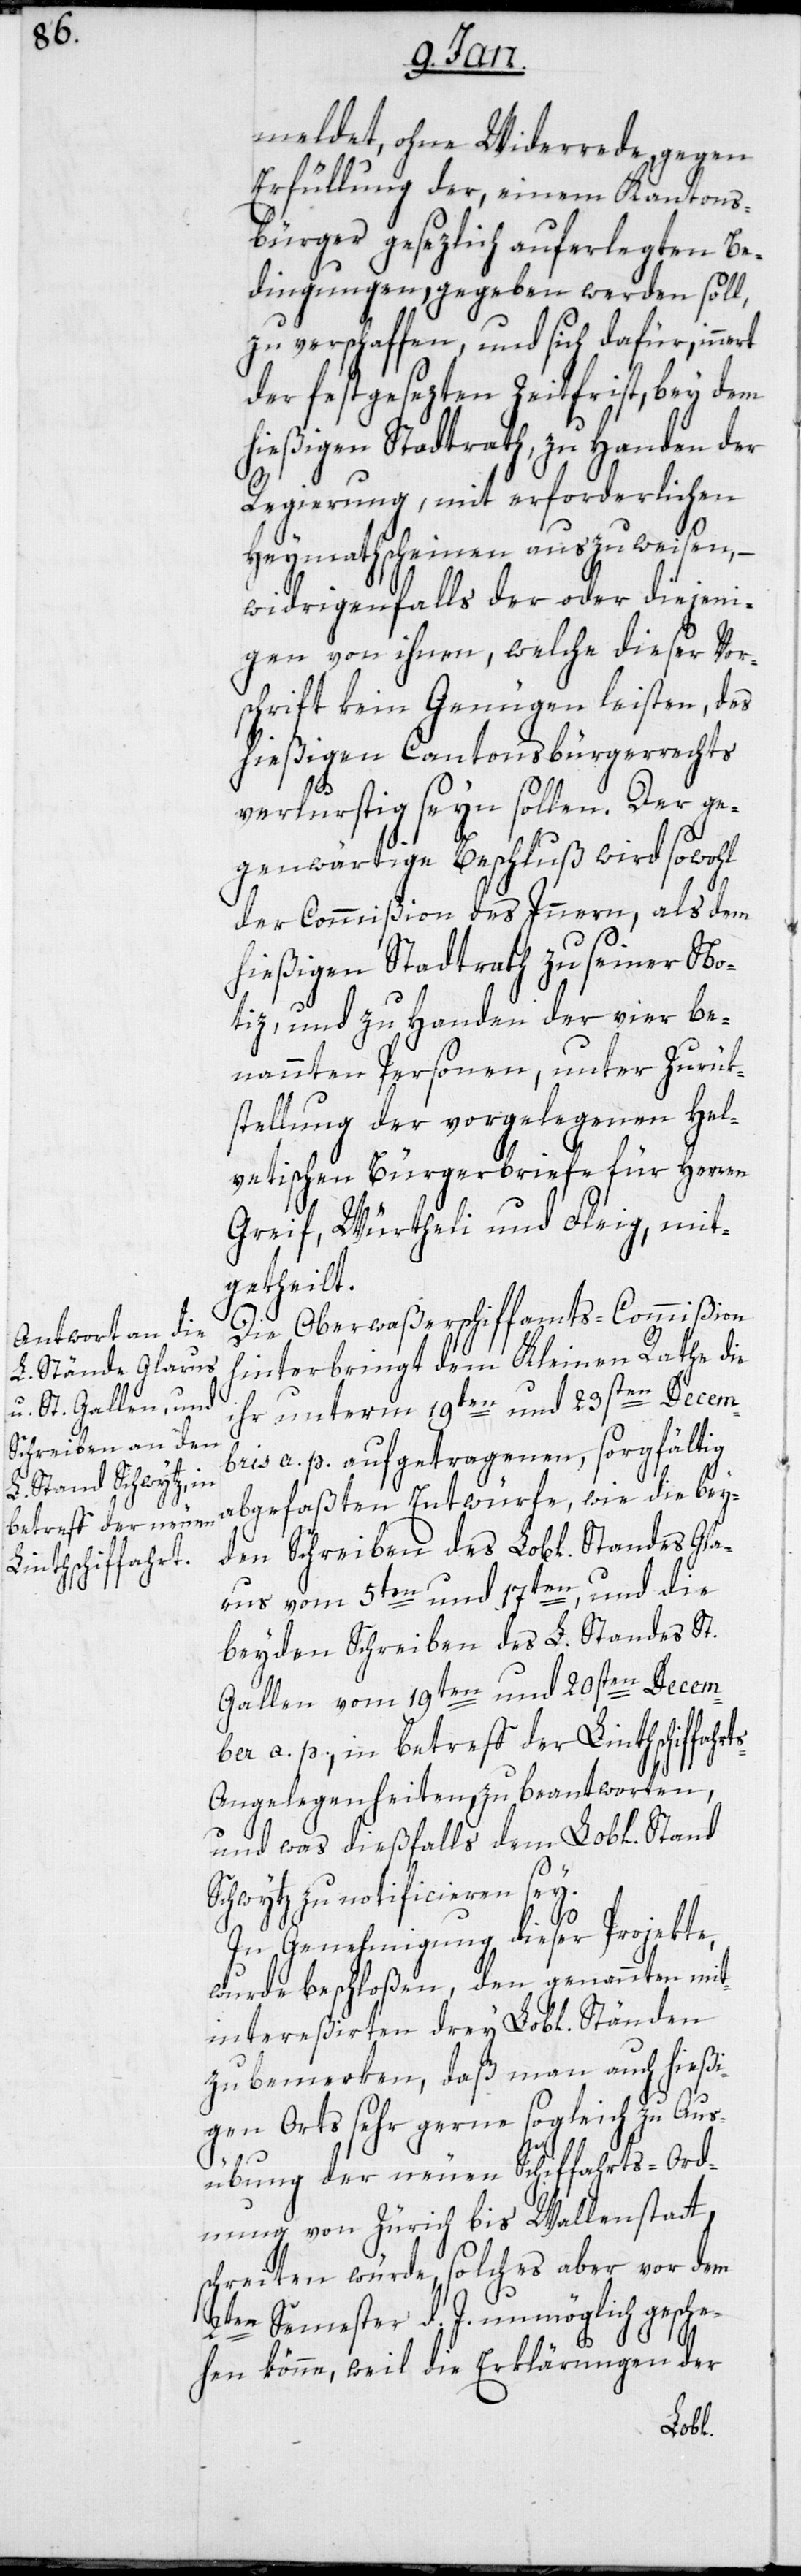
meldet, ohne Widerrede, gegen
Erfüllung der, einem Kantons¬
bürger gesezlich auferlegten Be¬
dingungen, gegeben werden soll,
zu verschaffen, und sich dafür innert
der festgesezten Zeitfrist, bey dem
hießigen Stadtrath, zu Handen der
Regierung, mit erforderlichen
Heymathscheinen auszuweisen, –
widrigenfalls der oder diejeni¬
gen von ihnen, welche dieser Vor¬
schrift kein Genügen leisten, des
hießigen Cantonsbürgerrechts
verlustig seyn sollen. Der ge¬
genwärtige Beschluß wird sowohl
der Commißion des Inneren, als dem
hießigen Stadtrath zu seiner No¬
tiz, und zu Handen der vier be¬
nannten Personen, unter Zurük¬
stellung der vorgelegenen Hel¬
vetischen Bürgerbriefe für Herren
Greif, Würtheli und Fleig, mit¬
getheilt.
Die Oberwaßerschiffamts-Commißion
hinterbringt dem Kleinen Rathe die
ihr unterm 19ten und 23sten Decem¬
bris a. p. aufgetragenen, sorgfältig
abgefaßten Entwürfe, wie die bey¬
den Schreiben des Lobl. Standes Gla¬
rus vom 5ten und 17ten, und die
beyden Schreiben des L. Standes St.
Gallen vom 19ten und 20sten Decem¬
ber a. p., in Betreff der Linthschiffahrt¬
s-Angelegenheiten zu beantworten,
und was dießfalls dem Lobl. Stand
Schwytz zu notificieren sey.
In Genehmigung dieser Projekte,
wurde beschloßen, den genannten mit¬
intereßierten drey Lobl. Ständen
zu bemerken, daß man auch hießi¬
gen Orts sehr gerne sogleich zu Aus¬
übung der neuen Schiffahrts-Ord¬
nung von Zürich bis Wallenstadt
schreiten würde, solches aber vor dem
2ten Semester d. J. unmöglich gesche¬
hen könne, weil die Erklärungen der